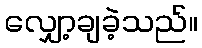
လျှော့ချခဲ့သည်။